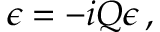
\epsilon = - i Q \epsilon \, ,